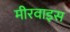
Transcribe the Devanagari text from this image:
मीरवाइस